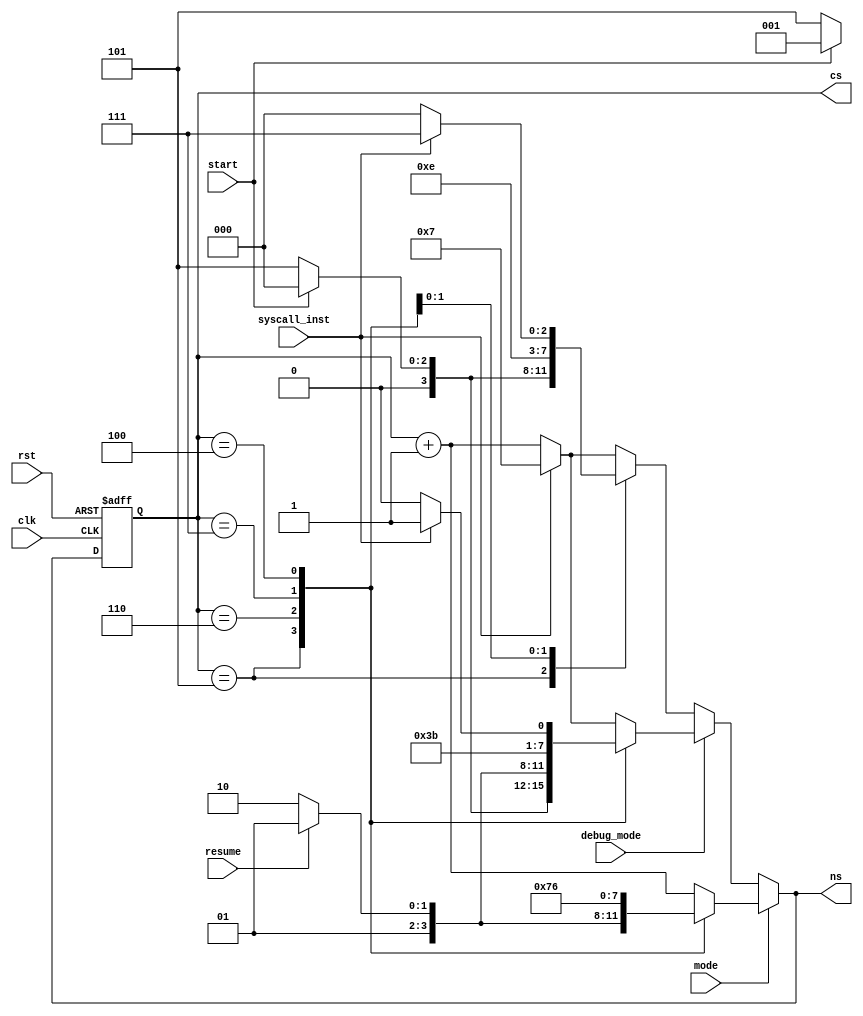
`timescale 1ns / 1ps
//////////////////////////////////////////////////////////////////////////////////
// Company: 
// Engineer: 
// 
// Design Name: 
// Module Name: controller
// Project Name: 
// Target Devices: 
// Tool Versions: 
// Description: 
// 
// Dependencies: 
// 
// Revision:
// Revision 0.01 - File Created
// Additional Comments:
// 
//////////////////////////////////////////////////////////////////////////////////


module controller_for_state(
    output reg [3:0] cs, ns,
    input mode, debug_mode,
    input start, resume,
    input syscall_inst,
    input clk, rst
    );
    
    parameter IF  = 4'd0;
    parameter ID  = 4'd1;
    parameter EX  = 4'd2;
    parameter MEM = 4'd3;
    parameter WB  = 4'd4;
    parameter INIT = 4'd5;
    parameter END  = 4'd6; 
    parameter STOP  = 4'd7; 
    
    always @ (negedge clk or posedge rst) begin
        if(rst)
            cs <= INIT;
        else
            cs <= ns;
    end
    
    always @ (*) begin
        if(mode == 'd0) begin
            if(debug_mode == 'd0) begin
                case(cs)
                    INIT : ns = (start)? IF : INIT; // when interpreter in here
                    STOP : ns = STOP;
                    WB : ns = (syscall_inst)? STOP : IF; // When some context is clear, go to END
                    default : ns = (syscall_inst)? STOP : (cs + 1); // When some context is clear, go to END
                endcase
            end
            else begin
                case(cs)
                    INIT : ns = (start)? IF : INIT; // when interpreter in here
                    END : ns = (resume)? INIT : END; // when program is end
                    STOP : ns = STOP;
                    WB : ns = (syscall_inst)? STOP : END; // When some context is clear, go to END
                    default : ns = (syscall_inst)? STOP : (cs + 1); // When some context is clear, go to END
                endcase
            end
        end
        else begin
            case(cs)
                INIT : ns = (start)? ID : INIT; // when interpreter in here
                END : ns = (resume)? INIT : END; // when program is end
                STOP : ns = STOP; // cannot resume at STOP
                WB : ns = END; // only one instruction going on
                default : ns = (cs + 1); 
            endcase
        end
    end
    
endmodule